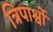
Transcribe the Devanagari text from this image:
त्रिपार्श्वो